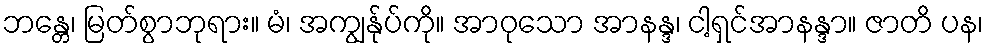
ဘန္တေ၊ မြတ်စွာဘုရား။ မံ၊ အကျွန်ုပ်ကို။ အာဝုသော အာနန္ဒ၊ ငါ့ရှင်အာနန္ဒာ။ ဇာတိ ပန၊